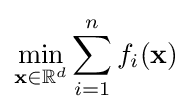
\min _{\mathbf {x} \in \mathbb {R} ^{d}}\sum _{i=1}^{n}f_{i}(\mathbf {x} )